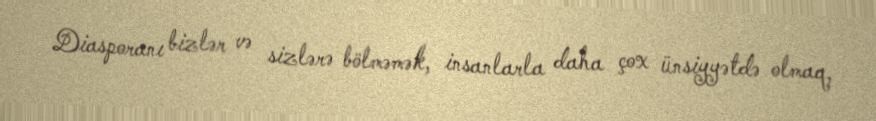
Diasporanı bizlər və sizlərə bölməmək, insanlarla daha çox ünsiyyətdə olmaq,